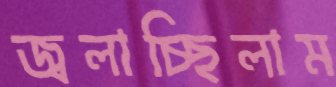
জ্বলাচ্ছিলাম